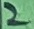
Text: 2